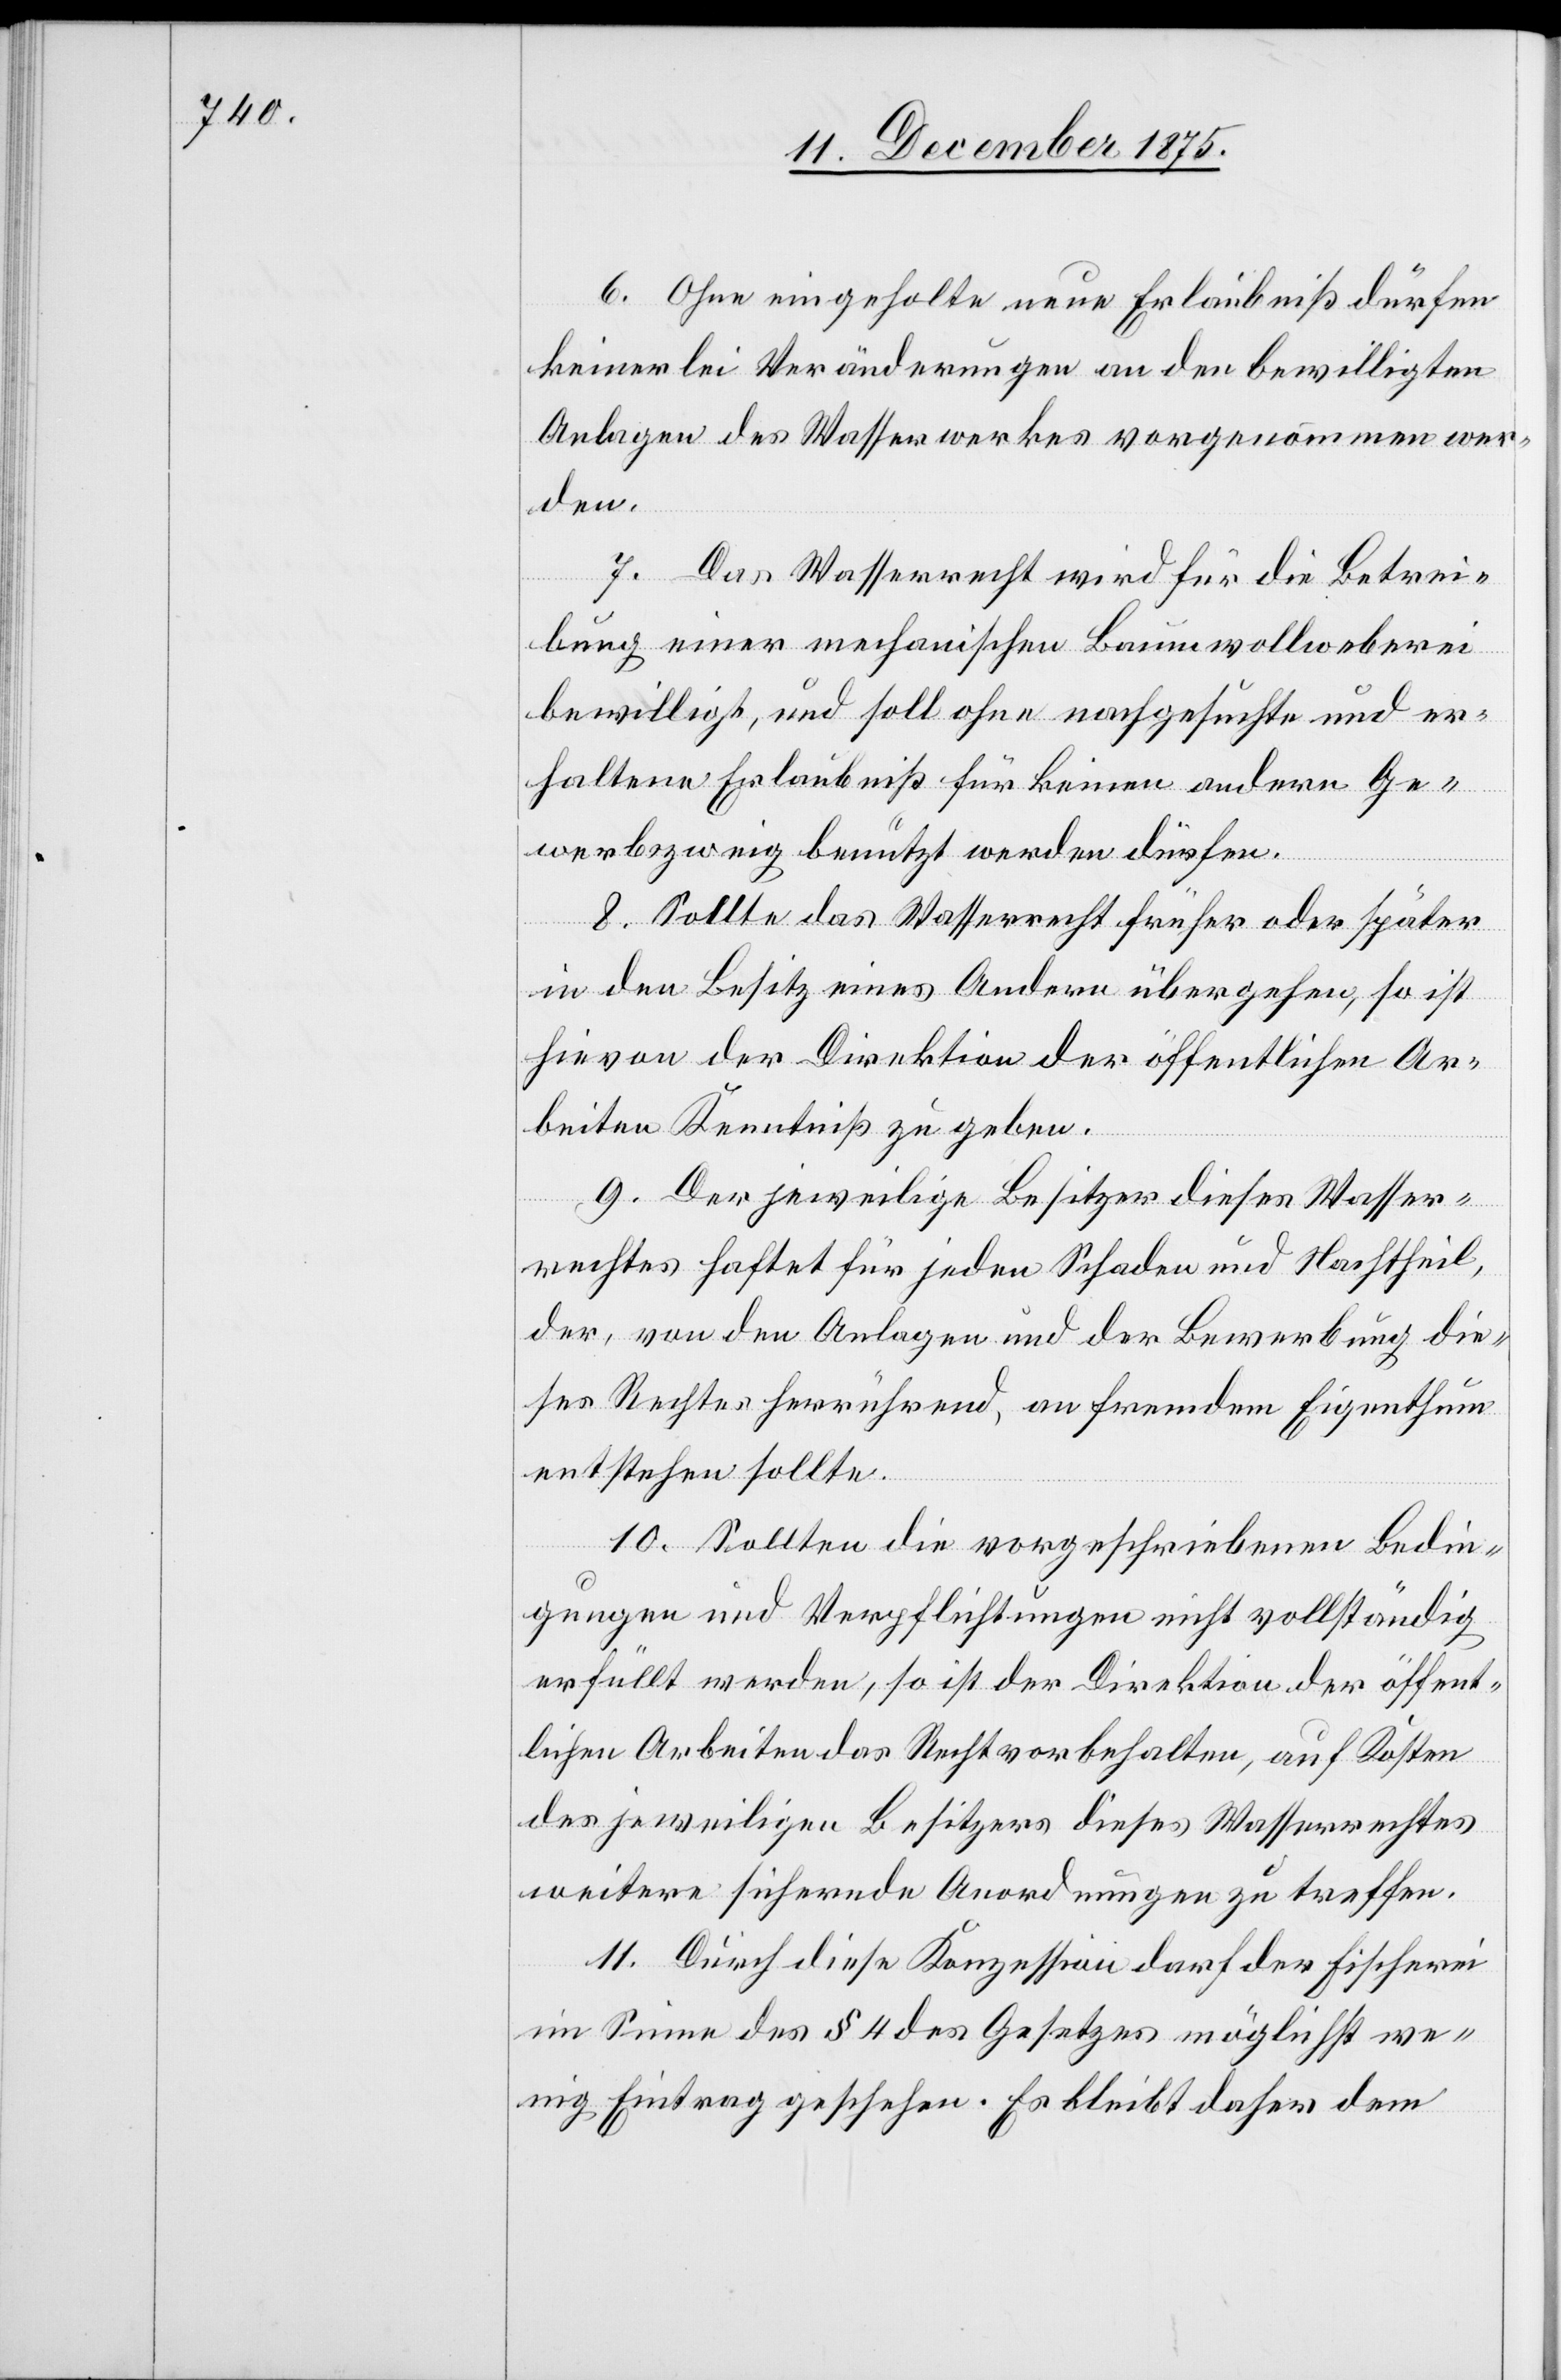
6. Ohne eingeholte neue Erlaubniß dürfen
keinerlei Veränderungen an den bewilligten
Anlagen des Wasserwerkes vorgenommen wer¬
den.
7. Das Wasserrecht wird für die Betrei¬
bung einer mechanischen Baumwollweberei
bewilligt, und soll ohne nachgesuchte und er¬
haltene Erlaubniß für keinen andern Ge¬
werbszweig benutzt werden dürfen.
8. Sollte das Wasserrecht früher oder später
in den Besitz eines Andern übergehen, so ist
hievon der Direktion der öffentlichen Ar¬
beiten Kenntniß zu geben.
9. Der jeweilige Besitzer dieses Wasser¬
rechtes haftet für jeden Schaden und Nachtheil,
der, von den Anlagen und der Bewerbung die¬
ses Rechtes herrührend, an fremdem Eigenthum
entstehen sollte.
10. Sollten die vorgeschriebenen Bedin¬
gungen und Verpflichtungen nicht vollständig
erfüllt werden, so ist der Direktion der öffent¬
lichen Arbeiten das Recht vorbehalten, auf Kosten
des jeweiligen Besitzers dieses Wasserrechtes
weitere sichernde Anordnungen zu treffen.
11. Durch diese Konzession darf der Fischerei
im Sinne des § 4 des Gesetzes möglichst we¬
nig Eintrag geschehen. Es bleibt daher dem